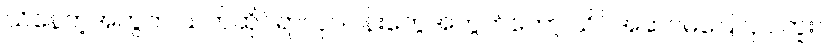
သိနေတဲ့အတွက် သက်ဆိုင်ရာလုပ်ငန်းတွေအတွက်တော့ သိပ်အဆင်မပြေလှပါဘူး။